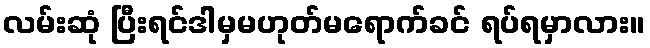
လမ်းဆုံ ပြီးရင်ဒါမှမဟုတ်မရောက်ခင် ရပ်ရမှာလား။